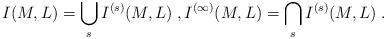
LaTeX: \begin{align*}I(M,L)=\bigcup_sI^{(s)}(M,L)\;,I^{(\infty)}(M,L)=\bigcap_sI^{(s)}(M,L)\;.\end{align*}